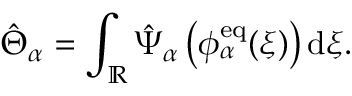
\begin{array} { r } { \hat { \Theta } _ { \alpha } = \displaystyle \int _ { \mathbb { R } } \hat { \Psi } _ { \alpha } \left( \phi _ { \alpha } ^ { \mathrm { e q } } ( \xi ) \right) \mathrm { d } \xi . } \end{array}